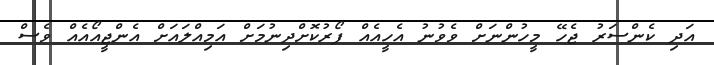
އަދި ކެންސަރު ޖެހޭ މީހުންނަށް ވެވުނު އެހީއެއް ފޯރުކޮށްދިނުމަށް އަމިއްލައަށް އެންޖީއޯއެއް ވެސް